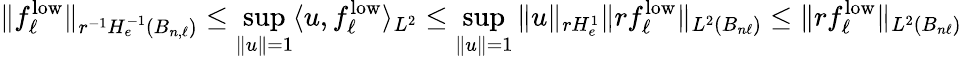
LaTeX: \| f_{\ell}^{\mathrm{low}}\| _{r^{-1}H_{e}^{-1}(B_{n,\ell})}\leq\operatorname*{sup}_{\| u\| =1}\langle u,f_{\ell}^{\mathrm{low}}\rangle_{L^{2}}\leq\operatorname*{sup}_{\| u\| =1}\| u\| _{rH_{e}^{1}}\| rf_{\ell}^{\mathrm{low}}\| _{L^{2}(B_{n\ell})}\leq\| rf_{\ell}^{\mathrm{low}}\| _{L^{2}(B_{n\ell})}